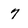
Character: 7